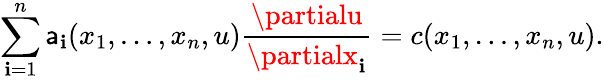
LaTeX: \sum_{\mathbf{i}=1}^{n}\mathsf{a}_{\mathbf{i}}(x_{1},\dots,x_{n},u){\frac{{\partialu}}{{\partialx_{\mathbf{i}}}}}=c(x_{1},\dots,x_{n},u).